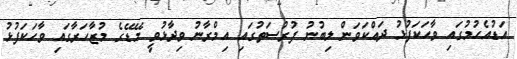
އަޑުއެހުމުގައި ވާހަކަފުޅު ދައްކަވަން ލިބުނު ފުރުސަތުގައި އިމްރާނު ވިދާޅުވީ މޭޑޭގެ މުޒާހަރާގައި ވާހަކަފުޅު